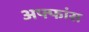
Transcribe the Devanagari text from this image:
अफ्फांस